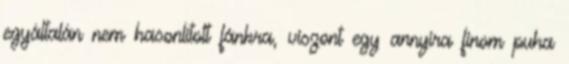
egyáltalán nem hasonlított fánkra, viszont egy annyira finom puha